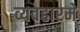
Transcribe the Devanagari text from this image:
व्यवहारमे